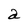
Character: a